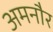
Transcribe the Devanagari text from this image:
अमनौर